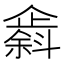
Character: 𫿸